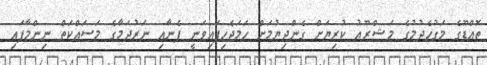
ތޮއްޑޫގެ މަގުހެދުމުގެ މަޝްރޫޢު ކުރިޔަށް ގެންދިޔުމަށް ހަމަޖެހިފައިވަނީ ފެނާއި ނަރުދަމާގެ މަސައްކަތް ނިންމާފައި